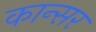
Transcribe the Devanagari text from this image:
कान्सर